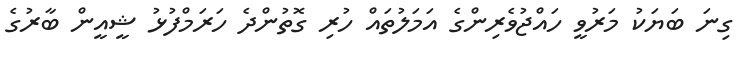
ގިނަ ބަޔަކު މަރުވީ ހައްޖުވެރިންގެ އަމަލުތައް ހުރި ގޮތުންދެ ހަރަމްފުޅު ޝީއީން ބާރުގެ